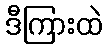
ဒီကြားထဲ